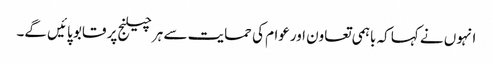
انہوں نے کہا کہ باہمی تعاون اورعوام کی حمایت سے ہر چیلنج پر قابو پائیں گے۔